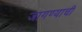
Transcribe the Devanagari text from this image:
जागण्याची